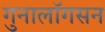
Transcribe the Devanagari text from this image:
गुनालॉगसन